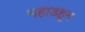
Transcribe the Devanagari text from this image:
महाडहून